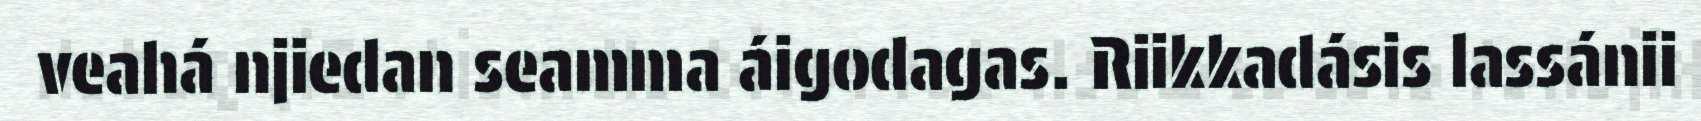
veahá njiedan seamma áigodagas. Riikkadásis lassánii